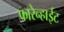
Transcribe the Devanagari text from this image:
फारेन्हाईट